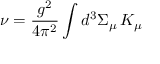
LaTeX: \nu = \frac { g ^ { 2 } } { 4 \pi ^ { 2 } } \int d ^ { 3 } \Sigma _ { \mu } \, K _ { \mu }